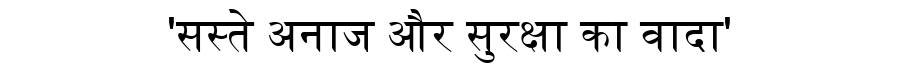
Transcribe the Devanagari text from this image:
'सस्ते अनाज और सुरक्षा का वादा'